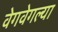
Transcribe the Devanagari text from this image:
वेगवेगल्या